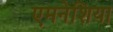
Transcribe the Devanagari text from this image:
एमनेशिया